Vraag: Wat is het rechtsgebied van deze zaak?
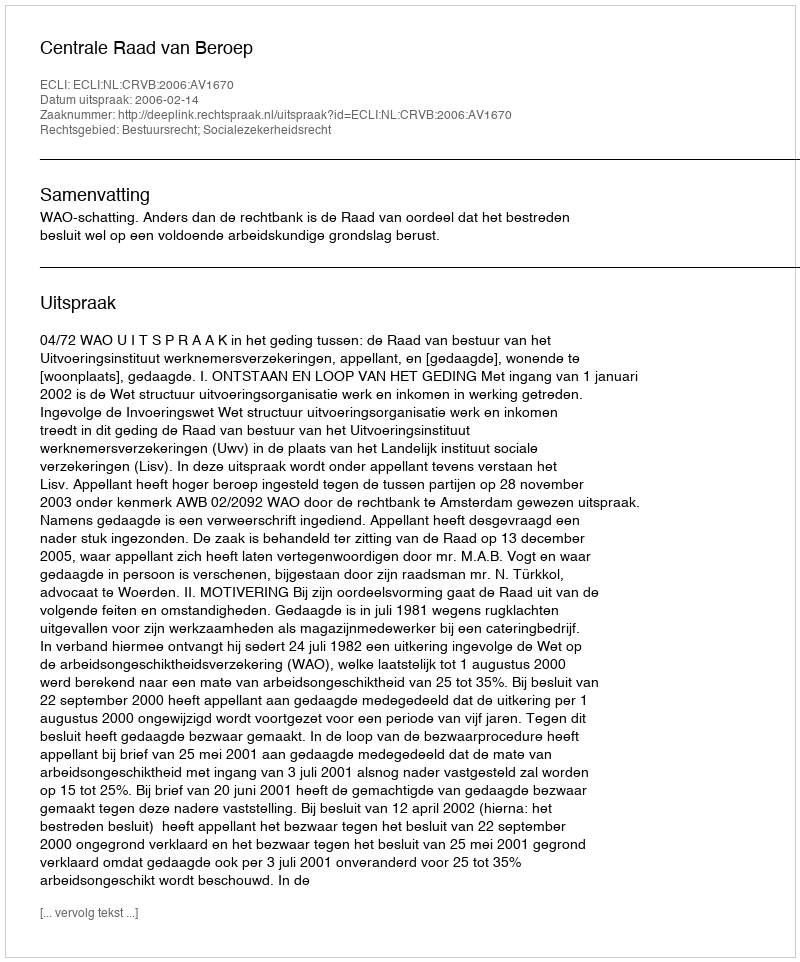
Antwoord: Bestuursrecht; Socialezekerheidsrecht